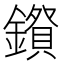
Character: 𮣅